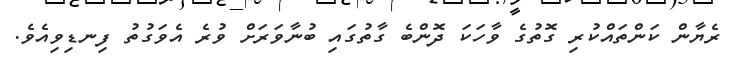
ރެޔާން ކަންތައްކުރި ގޮތުގެ ވާހަކަ ދޮންބެ ގާތުގައި ބުނާވަރަށް ވުރެ އެވަގުތު ފިނޑިވިއެވެ.